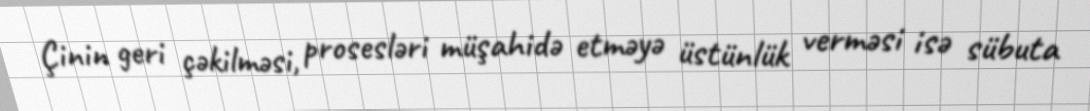
Çinin geri çəkilməsi, prosesləri müşahidə etməyə üstünlük verməsi isə sübuta